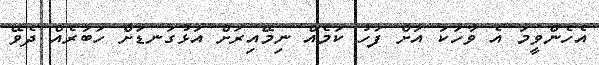
އެހެންވީމަ އެ ވާހަކަ އަށް ފަހު ކަމެއް ނިމޭއިރަށް އަޅުގަނޑަށް ހަބަރެއް ދެވޭ